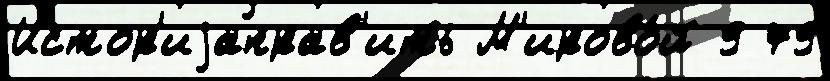
Истор'иjаправ'ить М'ирово́й 9 79